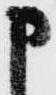
申